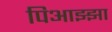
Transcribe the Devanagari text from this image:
पिआझ्झा